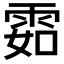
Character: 𩂰